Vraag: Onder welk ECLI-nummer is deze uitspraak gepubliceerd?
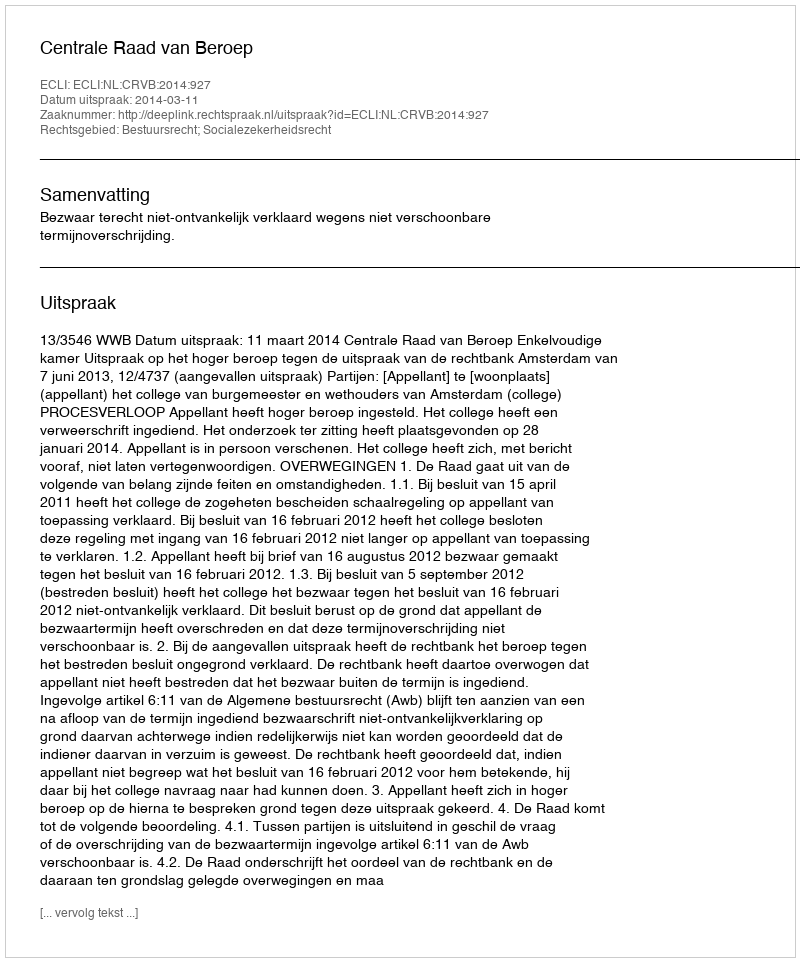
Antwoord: ECLI:NL:CRVB:2014:927